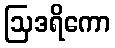
ဩဒရိကော